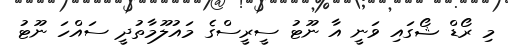
މި ރޯޑް ޝޯގައި ވަނީ އާ ނޫޓު ސީރީސްގެ މައުލޫމާތުދީ ސައްހަ ނޫޓު